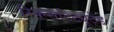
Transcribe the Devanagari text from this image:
रिक्न्सटिट्यूटेड